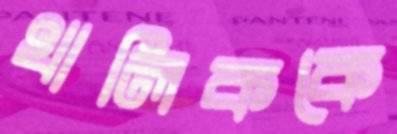
খালিককে